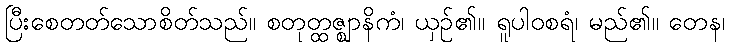
ပြီးစေတတ်သောစိတ်သည်။ စတုတ္ထဇ္ဈာနိကံ၊ ယှဉ်၏။ ရူပါဝစရံ၊ မည်၏။ တေန၊